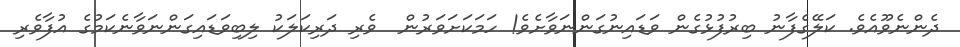
ދެންނެވޫއެވެ. ކަލޭގެފާނު ބިރުފުޅުގެން ވަޑައިނުގަންނަވާށެވެ! ހަމަކަށަވަރުން  ވެރި ދަރިކަލަކު ލިބިވަޑައިގަންނަވާނެކަމުގެ އުފާވެރި